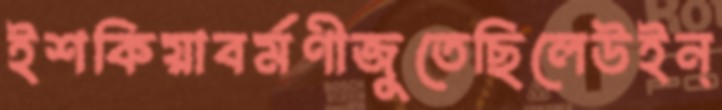
ইশকিয়াবর্মণীজুতেছিলেউইন্